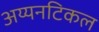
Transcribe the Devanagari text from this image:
अय्यनटिकल